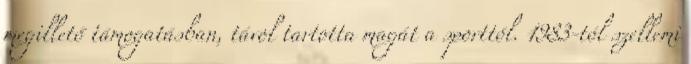
megillető támogatásban, távol tartotta magát a sporttól. 1983-tól szellemi